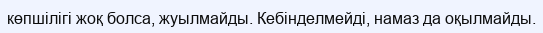
көпшілігі жоқ болса, жуылмайды. Кебінделмейді, намаз да оқылмайды.